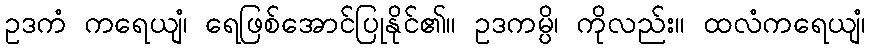
ဥဒကံ ကရေယျံ၊ ရေဖြစ်အောင်ပြုနိုင်၏။ ဥဒကမ္ပိ၊ ကိုလည်း။ ထလံကရေယျံ၊